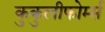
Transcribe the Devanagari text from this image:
कुकुलीफोर्म्स